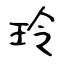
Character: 玲